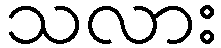
သလား